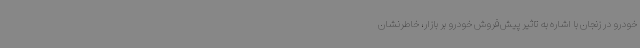
خودرو در زنجان با اشاره به تاثیر پیش‌فروش خودرو بر بازار، خاطرنشان